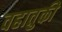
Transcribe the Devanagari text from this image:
वहातुकी